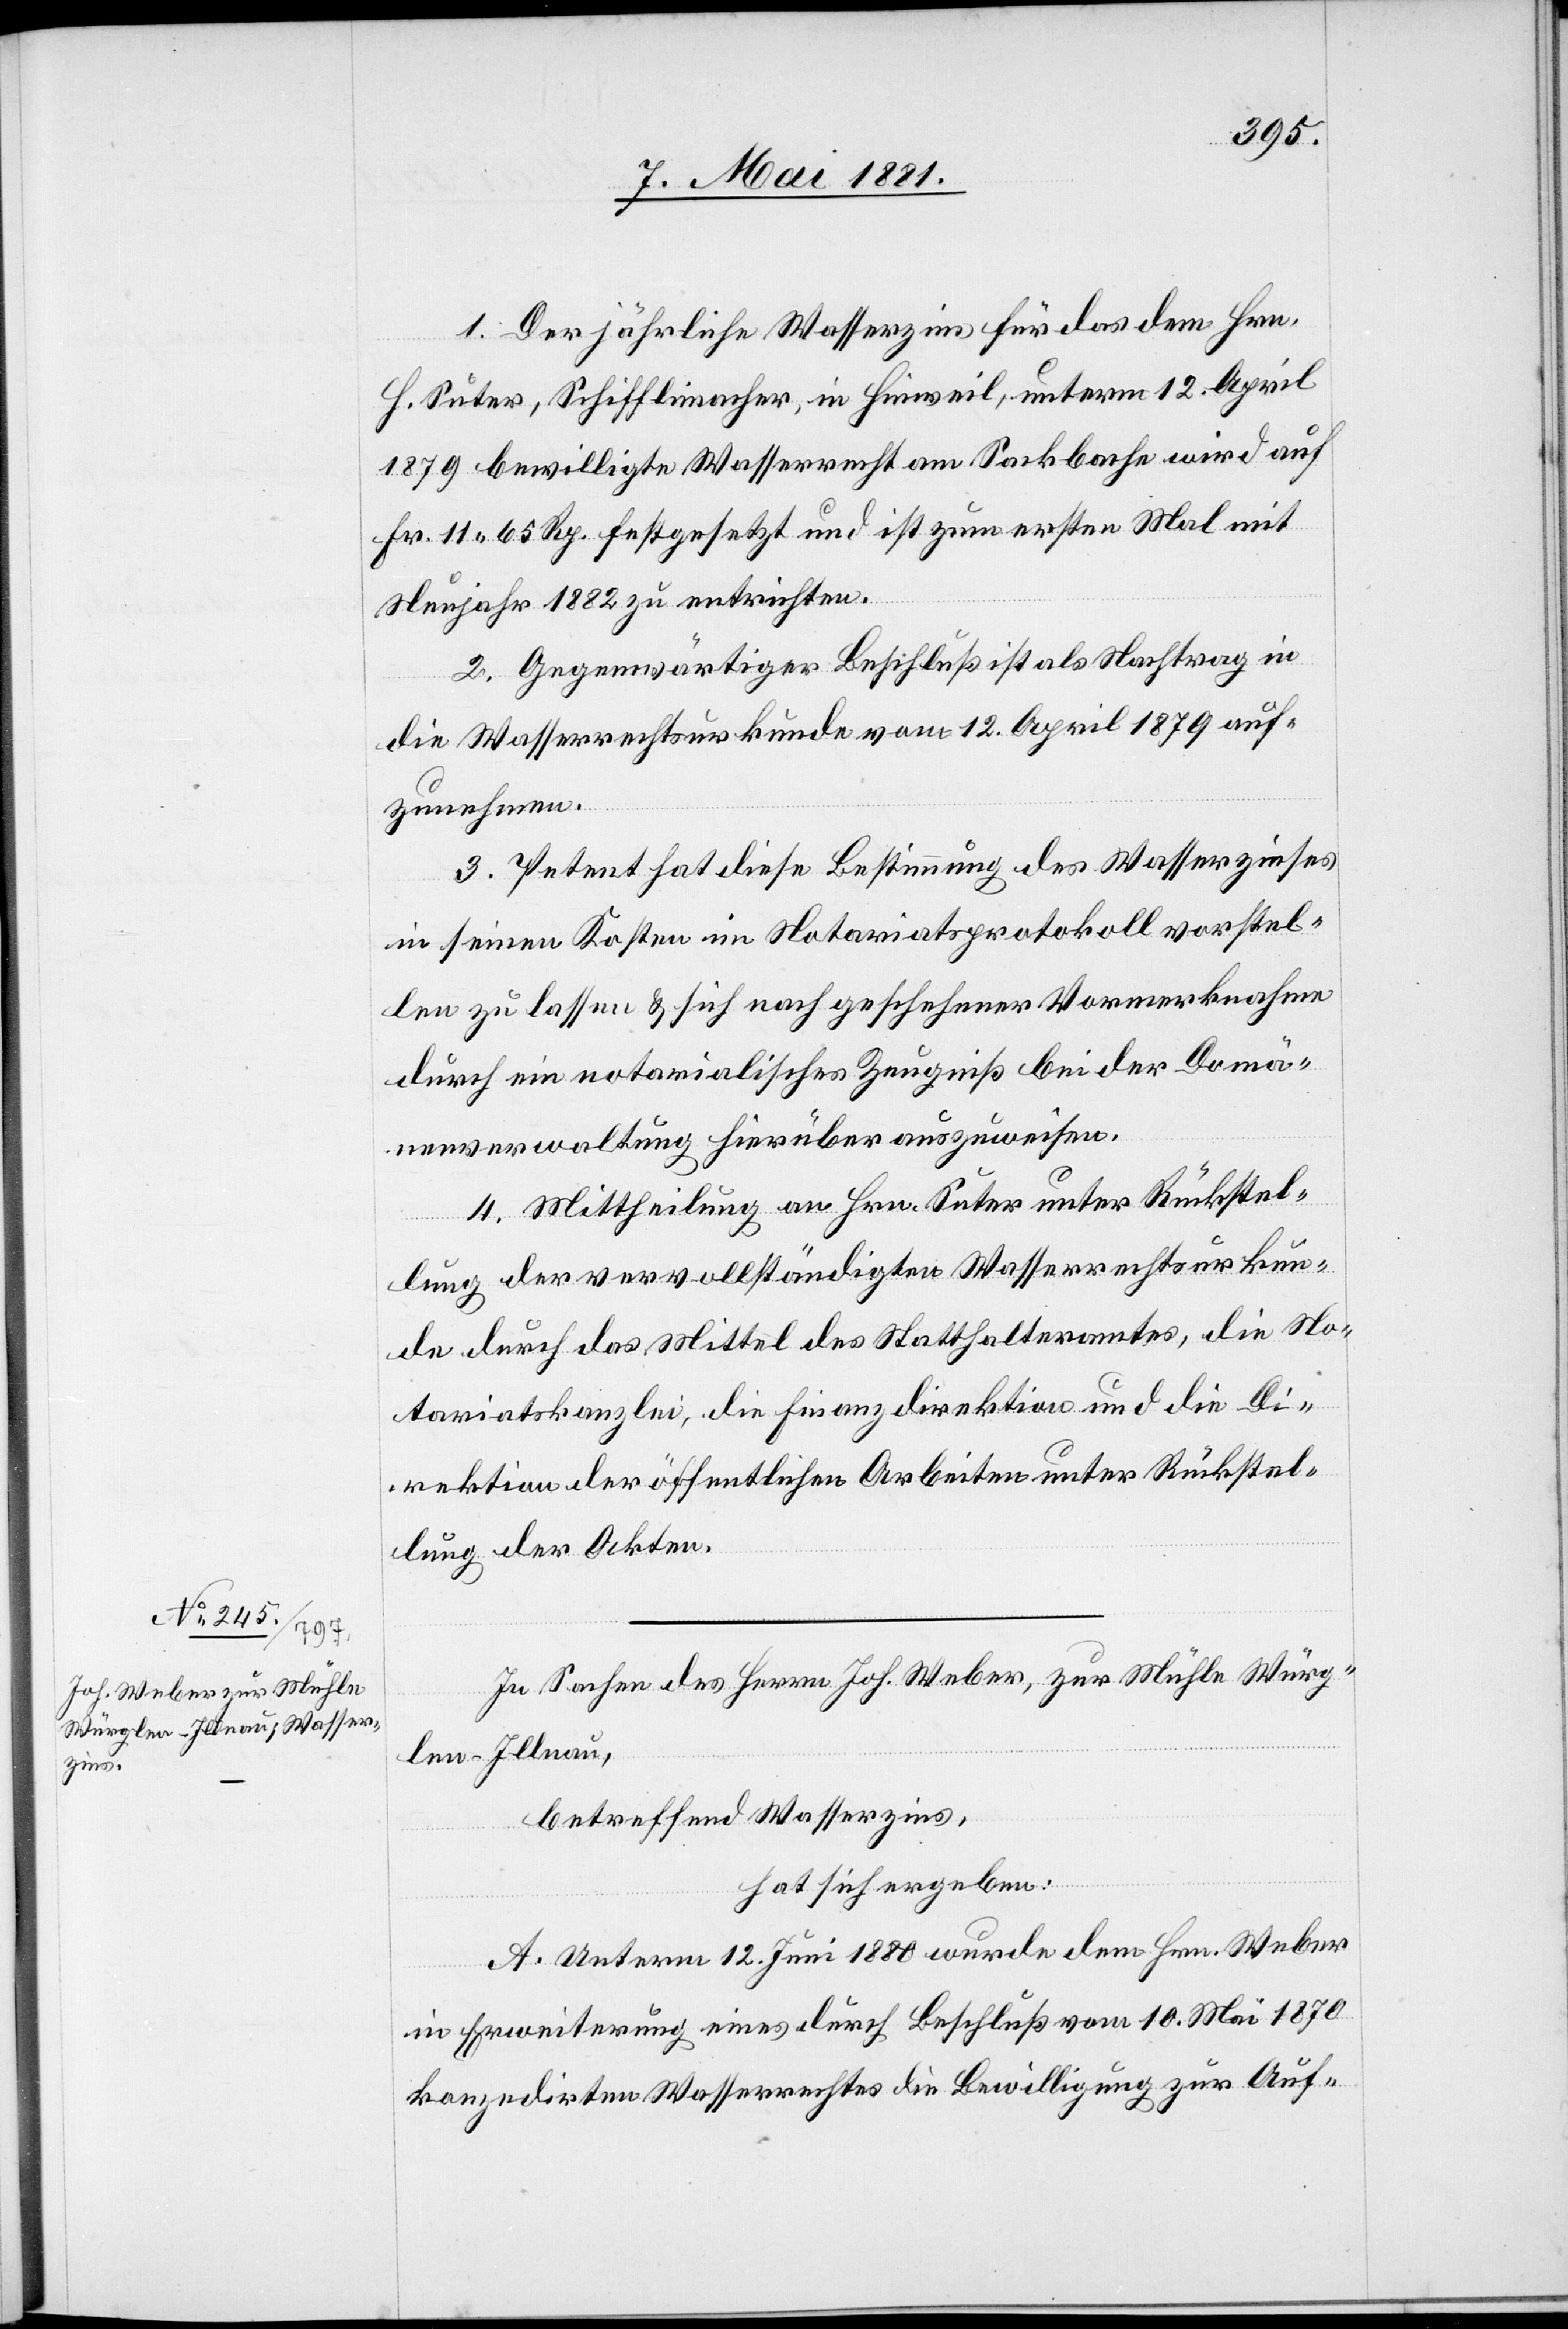
1. Der jährliche Wasserzins für das dem Hrn.
H. Suter, Schifflimacher, in Hinweil, unterm 12. April
1882 bewilligte Wasserrecht am Sackbache wird auf
Fr. 11 65 Rp. festgesetzt und ist zum ersten Mal mit
Neujahr 1882 zu entrichten.
2. Gegenwärtiger Beschluß ist als Nachtrag in
die Wasserrechtsurkunde vom 12. April 1879 auf¬
zunehmen.
3. Petent hat diese Bestimmung des Wasserzinses
in seinen Kosten im Notariatsprotokoll vorstel¬
len zu lassen & sich nach geschehener Vormerknahme
durch ein notarialisches Zeugniß bei der Domä¬
nenverwaltung hierüber auszuweisen.
4. Mittheilung an Hrn. Suter unter Rückstel¬
lung der vervollständigten Wasserrechtsurkun¬
de durch das Mittel des Statthalteramtes, die No¬
tariatskanzlei, die Finanzdirektion und die Di¬
rektion der öffentlichen Arbeiten unter Rückstel¬
lung der Akten.
In Sachen des Herrn Joh. Weber, zur Mühle Würg¬
Illnau,
len
betreffend Wasserzins,
hat sich ergeben:
A. Unterm 12. Juni 1880 wurde dem Hrn. Weber
in Erweiterung eines durch Beschluß vom 10. Mai 1870
konzedirten Wasserrechtes die Bewilligung zur Auf-